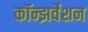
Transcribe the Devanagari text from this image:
कॉन्झर्वेशन